Civil Veterinary Dept. Bombay admin report 1932-41 - 1932-1941
Year: 1932
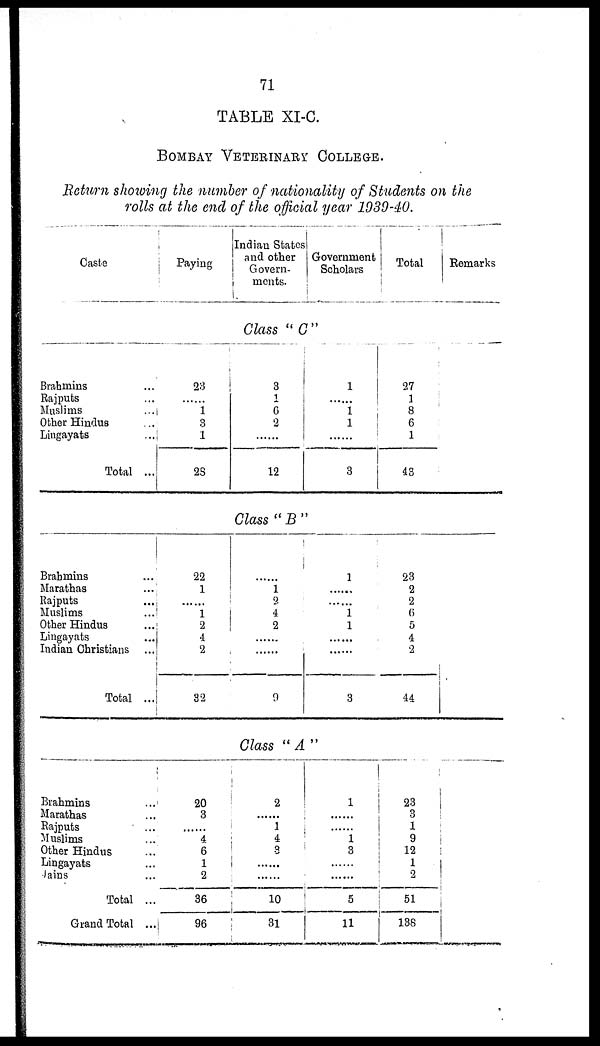
71
TABLE XI-C.
BOMBAY VETERINARY COLLEGE.
Return showing the number of nationality of Students on the
rolls at the end of the official year 1939-40.
Caste
Paying
Indian States
and other
Govern-
ments.
Government
Scholars
Total
Remarks
Class "C"
Brahmins ...
Rajputs ...
Muslims ...
Other Hindus ...
Lingayats ...
Total ...
23
......
1
3
1
28
3
1
6
2
......
12
1
1
1
.........
3
27
1
8
6
1
43
Class "B"
Brahmins ...
Marathas ...
Rajputs ...
Muslims ...
Other Hindus ...
Lingayats ...
Indian Christians ...
Total ...
22
1
......
1
2
4
2
32
......
1
2
4
2
......
......
9
1
......
.....
1
1
......
......
3
23
2
2
6
5
4
2
44
Class "A"
Brahmins ...
Marathas ...
Rajputs ...
Muslims ...
Other Hindus ...
Lingayats ...
Jains ...
Total ...
Grand Total ...
20
3
......
4
6
1
2
36
96
2
......
1
4
3
......
......
10
31
1
......
1
3
......
......
5
11
23
3
1
9
12
1
2
51
138